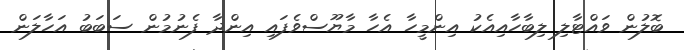
ބޮލުން ވައްޓާލި ލިބާހާއިއެކު އިންމީހާ އެހާ މާޔޫސްވެފައި އިންދާ ފެނުމުން ސަބަބު އަހާލަން